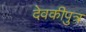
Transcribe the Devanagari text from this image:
देवकीपुत्र